Vaccination Hyderabad 1872-1889 - 1872-1889
Year: 1872
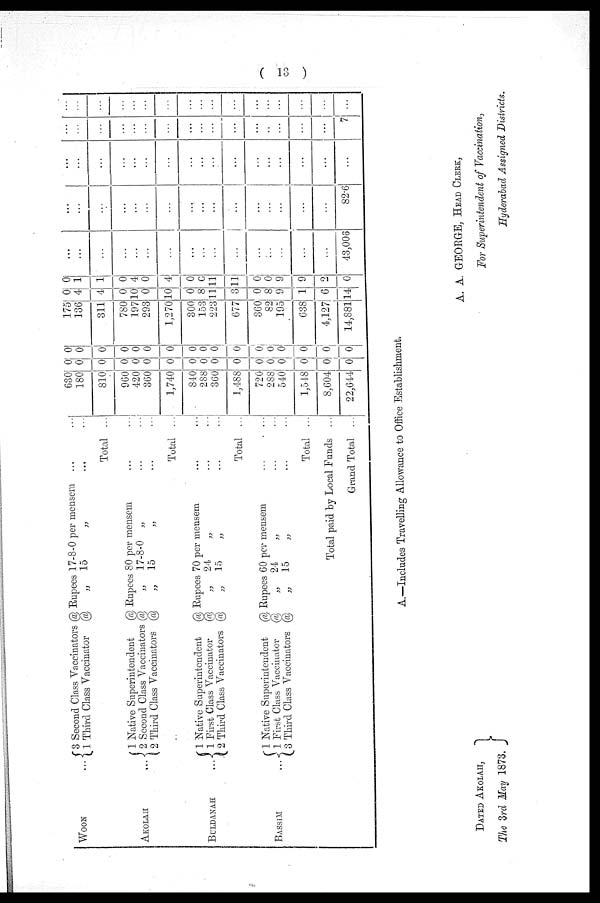
( 13 )
WOON ...
AKOLAH
...
BULDANAH
...
BASSIM
...
3 Second Class Vaccinators @ Rupees 17-8-0 per mensem ... ...
1 Third Class Vaccinator @
„ 15
„ ... ...
Total ..
1 Native Superintendent
@ Rupees 80 per mensem ... ...
2 Second Class Vaccinators @
„ 17-8-0 „ ... ...
2 Third Class Vaccinators @
„ 15
„ ... ...
Total ...
1 Native Superintendent
@ Rupees 70 per mensem ... ...
1 First Class Vaccinator
@
„ 24
„ ... ...
2 Third Class Vaccinators @
„ 15
„ ... ...
Total ...
1 Native Superintendent
@ Rupees 60 per mensem
...
...
1 First Class Vaccinator
@
„ 24
„ ... ...
3 Third Class Vaccinators @
„ 15
„ ... ...
Total ...
Total paid by Local Funds ...
Grand Total ...
630
180
810
960
420
360
1,740
840
288
360
1,488
720
288
540
1,548
8,604
22,644
0
0
0
0
0
0
0
0
0
0
0
0
0
0
0
0
0
0
0
0
0
0
0
0
0
0
0
0
0
0
0
0
0
0
175
136
311
780
197
293
1,270
300
153
223
677
360
82
195
638
4,127
14,881
0
4
4
0
10
0
10
0
8
11
3
0
8
9
1
6
14
0
1
1
0
4
0
4
0
0
11
11
0
0
9
9
2
0
...
...
...
...
...
...
...
...
...
...
...
...
...
...
...
...
43,008
...
...
...
...
...
...
...
...
...
...
...
...
...
...
...
...
82.6
...
...
...
...
...
...
...
...
...
...
...
...
...
...
...
...
...
...
...
...
...
...
...
...
...
...
...
...
...
...
...
...
...
7
...
...
...
...
...
...
...
...
...
...
...
...
...
...
...
...
...
A.—Includes Travelling Allowance to Office Establishment.
A. A. GEORGE, HEAD CLERK,
For Superintendent of Vaccination,
Hyderabad Assigned Districts,
DATED AKOLAH,
The 3rd May 1873.